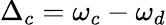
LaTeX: \Delta_{c}=\omega_{c}-\omega_{d}